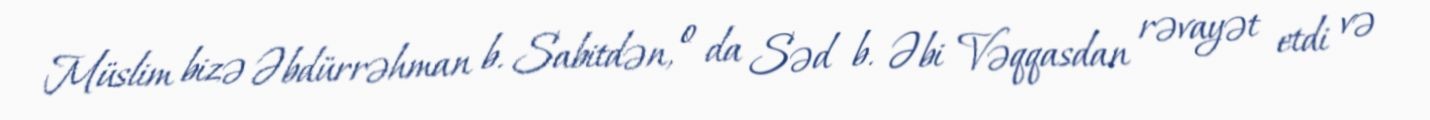
Müslim bizə Əbdürrəhman b. Sabitdən, o da Səd b. Əbi Vəqqasdan rəvayət etdi və